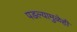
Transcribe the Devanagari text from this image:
पडल्यामुळेही